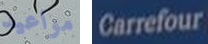
مواعيد Carrefour